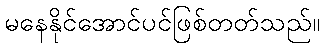
မနေနိုင်အောင်ပင်ဖြစ်တတ်သည်။